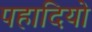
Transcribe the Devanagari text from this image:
पहादियो